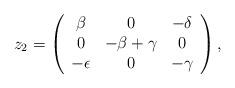
LaTeX: \begin{align*} \begin{array}{lllllll} z_2=\left(\begin{array}{ccc}\beta & 0 & -\delta \\ 0 & -\beta+\gamma & 0 \\ -\epsilon & 0 & -\gamma\end{array}\right), \end{array} \end{align*}